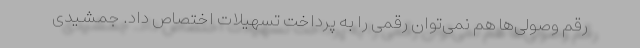
رقم وصولی‌ها هم نمی‌‌توان رقمی را به پرداخت تسهیلات اختصاص داد. جمشیدی